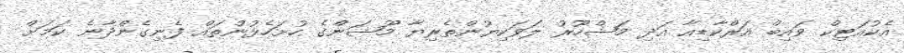
އެކުއަޓިކް ވައިބް އަރްކާޑިއާ އަދި މަޝްހޫރު ލަވަކިޔުންތެރިޔާ މޫޝަންގެ ހުށަހެޅުންތައް ފެނިގެންދާނެ ކަމަށް